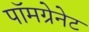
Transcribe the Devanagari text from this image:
पॉमग्रेनेट